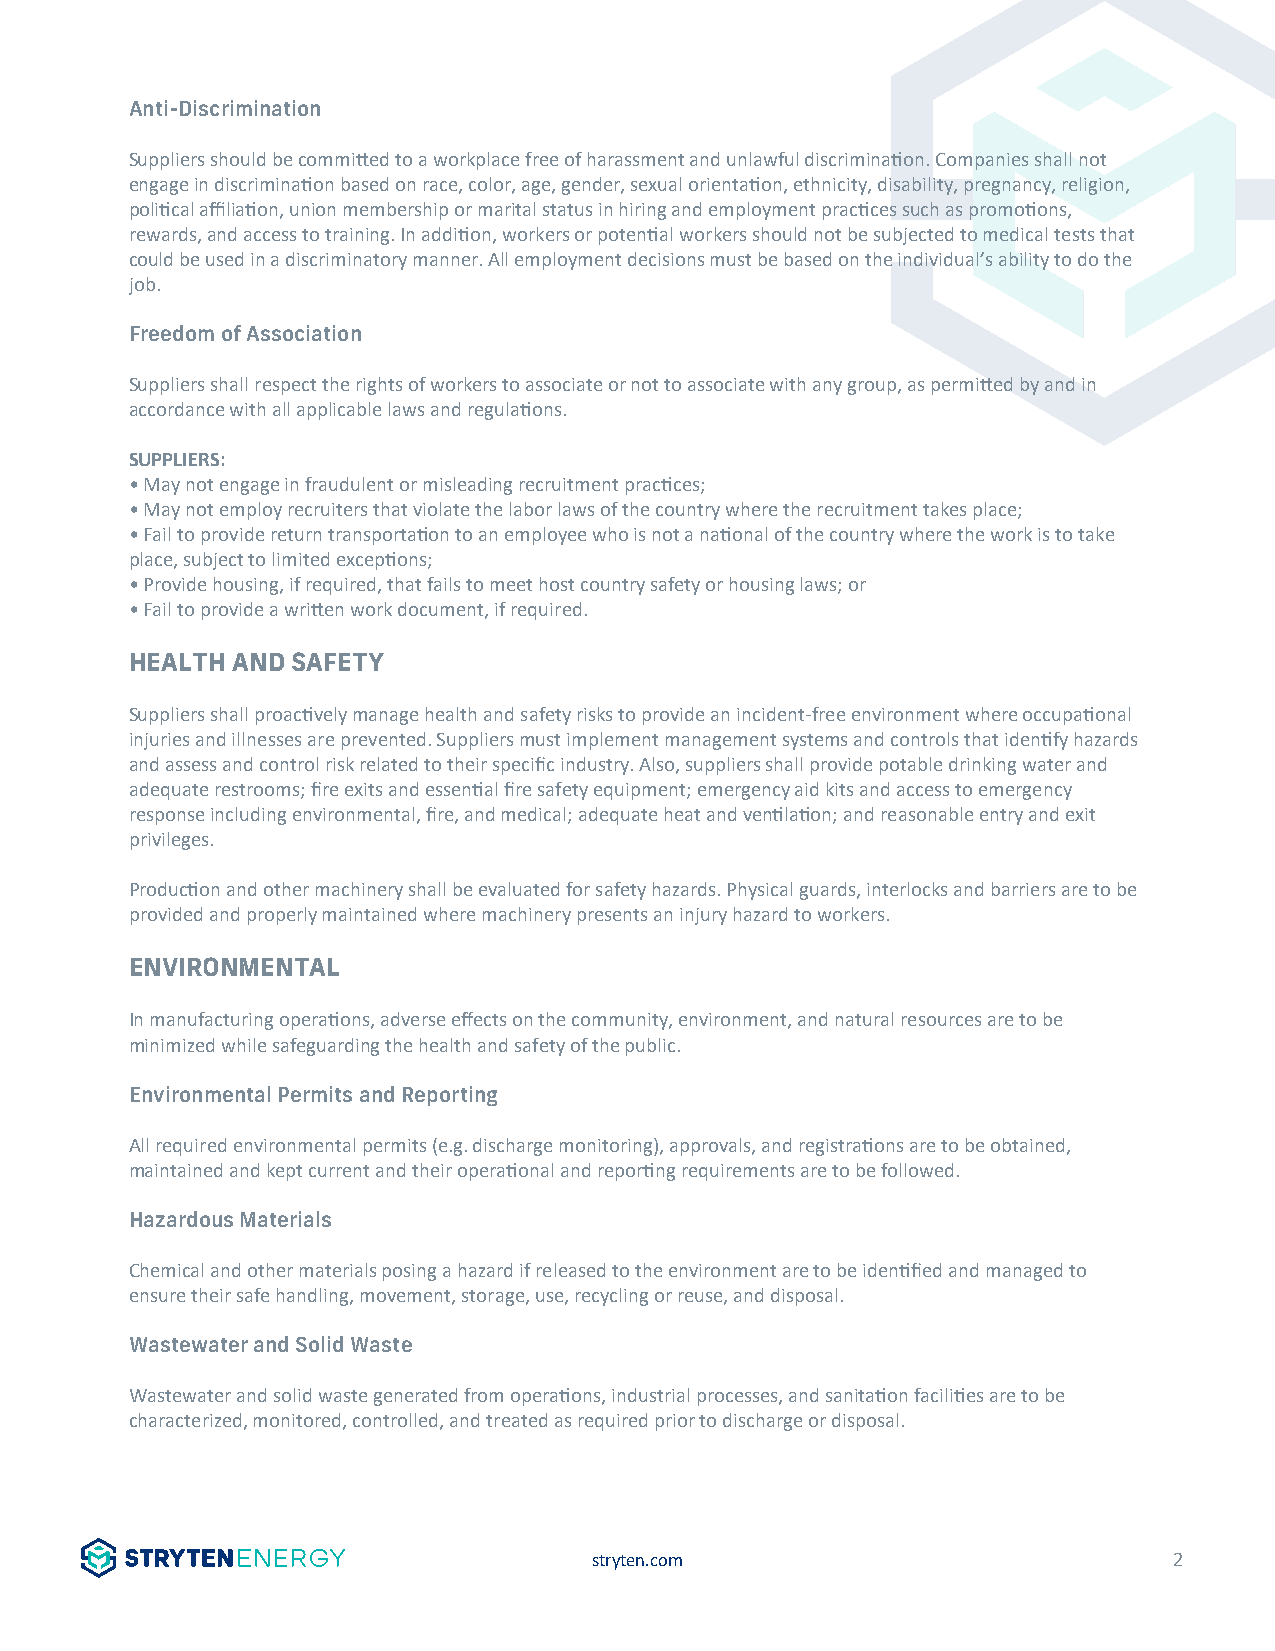
Anti-Discrimination
 Suppliers should be commi�ed to a workplace free of harassment and unlawful discrimina�on. Companies shall not
 engage in discrimina�on based on race, color, age, gender, sexual orienta�on, ethnicity, disability, pregnancy, religion,
 poli�cal affilia�on, union membership or marital status in hiring and employment prac�ces such as promo�ons,
 rewards, and access to training. In addi�on, workers or poten�al workers should not be subjected to medical tests that
 could be used in a discriminatory manner. All employment decisions must be based on the individual’s ability to do the
 job.
 Freedom of Association
 Suppliers shall respect the rights of workers to associate or not to associate with any group, as permi�ed by and in
 accordance with all applicable laws and regula�ons.
 SUPPLIERS:
 • May not engage in fraudulent or misleading recruitment prac�ces;
 • May not employ recruiters that violate the labor laws of the country where the recruitment takes place;
 • Fail to provide return transporta�on to an employee who is not a na�onal of the country where the work is to take
 place, subject to limited excep�ons;
 • Provide housing, if required, that fails to meet host country safety or housing laws; or
 • Fail to provide a wri�en work document, if required.
 HEALTH AND SAFETY
 Suppliers shall proac�vely manage health and safety risks to provide an incident-free environment where occupa�onal
 injuries and illnesses are prevented. Suppliers must implement management systems and controls that iden�fy hazards
 and assess and control risk related to their specific industry. Also, suppliers shall provide potable drinking water and
 adequate restrooms; fire exits and essen�al fire safety equipment; emergency aid kits and access to emergency
 response including environmental, fire, and medical; adequate heat and ven�la�on; and reasonable entry and exit
 privileges.
 Produc�on and other machinery shall be evaluated for safety hazards. Physical guards, interlocks and barriers are to be
 provided and properly maintained where machinery presents an injury hazard to workers.
 ENVIRONMENTAL
 In manufacturing opera�ons, adverse effects on the community, environment, and natural resources are to be
 minimized while safeguarding the health and safety of the public.
 Environmental Permits and Reporting
 All required environmental permits (e.g. discharge monitoring), approvals, and registra�ons are to be obtained,
 maintained and kept current and their opera�onal and repor�ng requirements are to be followed.
 Hazardous Materials
 Chemical and other materials posing a hazard if released to the environment are to be iden�fied and managed to
 ensure their safe handling, movement, storage, use, recycling or reuse, and disposal.
 Wastewater and Solid Waste
 Wastewater and solid waste generated from opera�ons, industrial processes, and sanita�on facili�es are to be
 characterized, monitored, controlled, and treated as required prior to discharge or disposal.
 stryten.com                            2